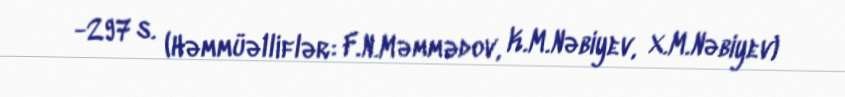
-297 s. (Həmmüəlliflər: F.N.Məmmədov, K.M.Nəbiyev, X.M.Nəbiyev)